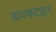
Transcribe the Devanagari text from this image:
डायफंटाइन